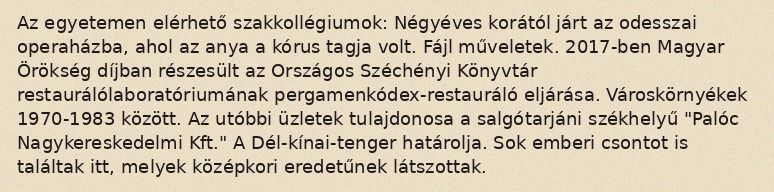
Az egyetemen elérhető szakkollégiumok: Négyéves korától járt az odesszai operaházba, ahol az anya a kórus tagja volt. Fájl műveletek. 2017-ben Magyar Örökség díjban részesült az Országos Széchényi Könyvtár restaurálólaboratóriumának pergamenkódex-restauráló eljárása. Városkörnyékek 1970-1983 között. Az utóbbi üzletek tulajdonosa a salgótarjáni székhelyű "Palóc Nagykereskedelmi Kft." A Dél-kínai-tenger határolja. Sok emberi csontot is találtak itt, melyek középkori eredetűnek látszottak.